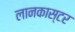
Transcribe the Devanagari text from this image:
लानकास्टर